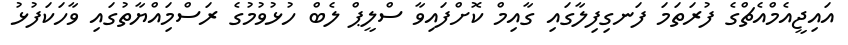
އައިޖީއެމްއެޗްގެ ފުރަތަމަ ފަނގިފިލާގައި ގާއިމް ކޮށްފައިވާ ސްލީޕް ލެބް ހުޅުވުމުގެ ރަސްމިައްޔާތުގައި ވާހަކަފުޅު